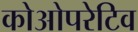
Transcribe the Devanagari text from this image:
कोओपरेटिव